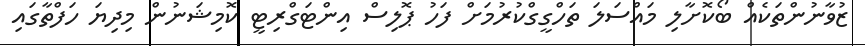
ޒުވާނުންތަކެއް ބޯކޮށާލި މައްސަލަ ތަހްގީގްކުރުމަށް ފަހު ޕޮލިސް އިންޓަގްރިޓީ ކޮމިޝަނުން މިދިޔަ ހަފްތާގައި